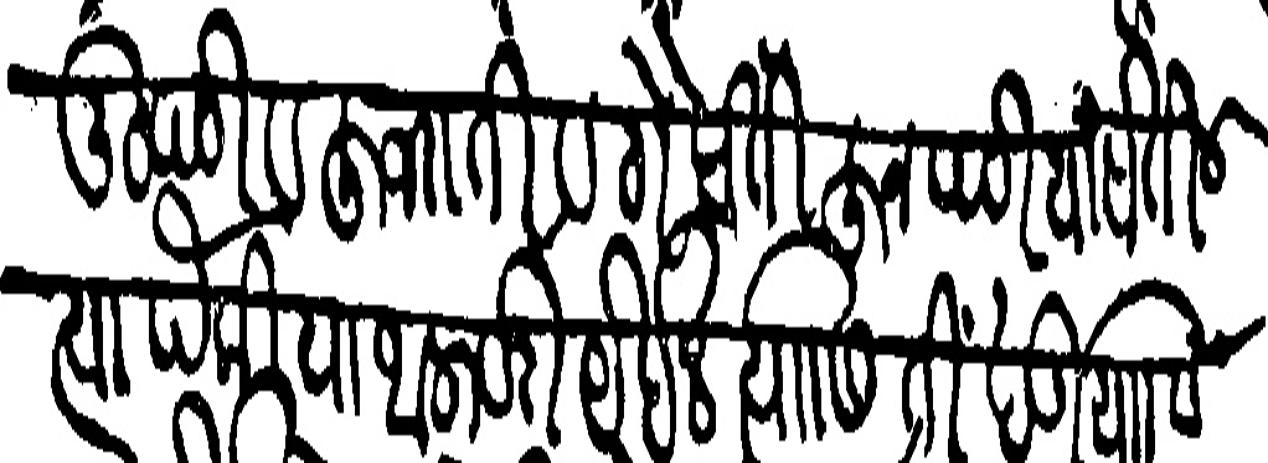
Transliteration (Devanagari):  उटपटी व हुजराती व गैबतीहून पटिया होतील त्यापैकी या थलावरी येईल त्यासि ती खंडियासि